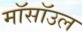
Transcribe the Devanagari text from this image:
मॉसॉउल